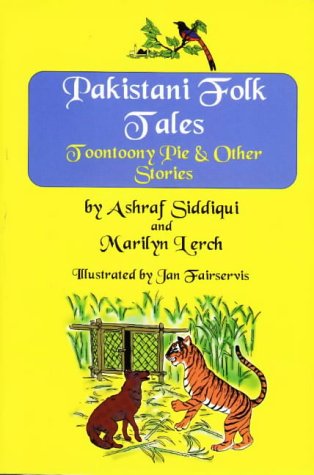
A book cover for Pakistani Folk Tales: Toontoony Pie and Other Stories; Ashraf Siddiqui; Children's Books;